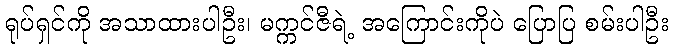
ရုပ်ရှင်ကို အသာထားပါဦး၊ မက္ကင်ဇီရဲ့ အကြောင်းကိုပဲ ပြောပြ စမ်းပါဦး